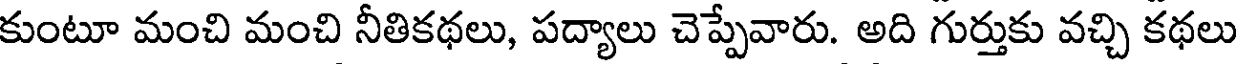
కుంటూ మంచి మంచి నీతికథలు, పద్యాలు చెప్పేవారు. అది గుర్తుకు వచ్చి కథలు